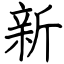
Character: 新